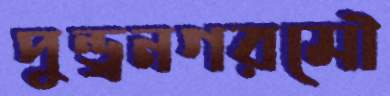
পুন্ড্রনগরমৌ